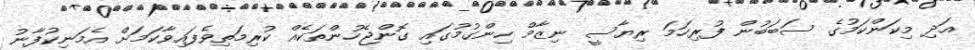
އަދި މިކަންކަމުގެ ސަބަބުން ފުރިހަމަ ރިޔާސީ ނިޒާމް ހިންގުމުގައި ގޮންޖެހުންތަކެއް ކުރިމަތިވެފައިވާކަމަށް އެމަނިކުފާނު